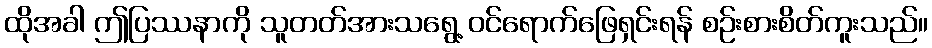
ထိုအခါ ဤပြဿနာကို သူတတ်အားသရွေ့ ဝင်ရောက်ဖြေရှင်းရန် စဉ်းစားစိတ်ကူးသည်။